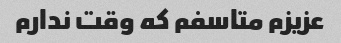
عزیزم متاسفم که وقت ندارم